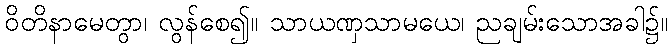
ဝိတိနာမေတွာ၊ လွန်စေ၍။ သာယဏှသာမယေ၊ ညချမ်းသောအခါ၌။